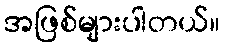
အဖြစ်များပါတယ်။